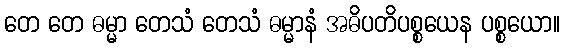
တေ တေ ဓမ္မာ တေသံ တေသံ ဓမ္မာနံ အဓိပတိပစ္စယေန ပစ္စယော။